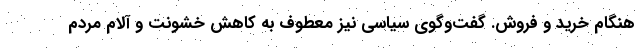
هنگام خريد و فروش. گفت‌وگوي سياسي نيز معطوف به كاهش خشونت و آلام مردم